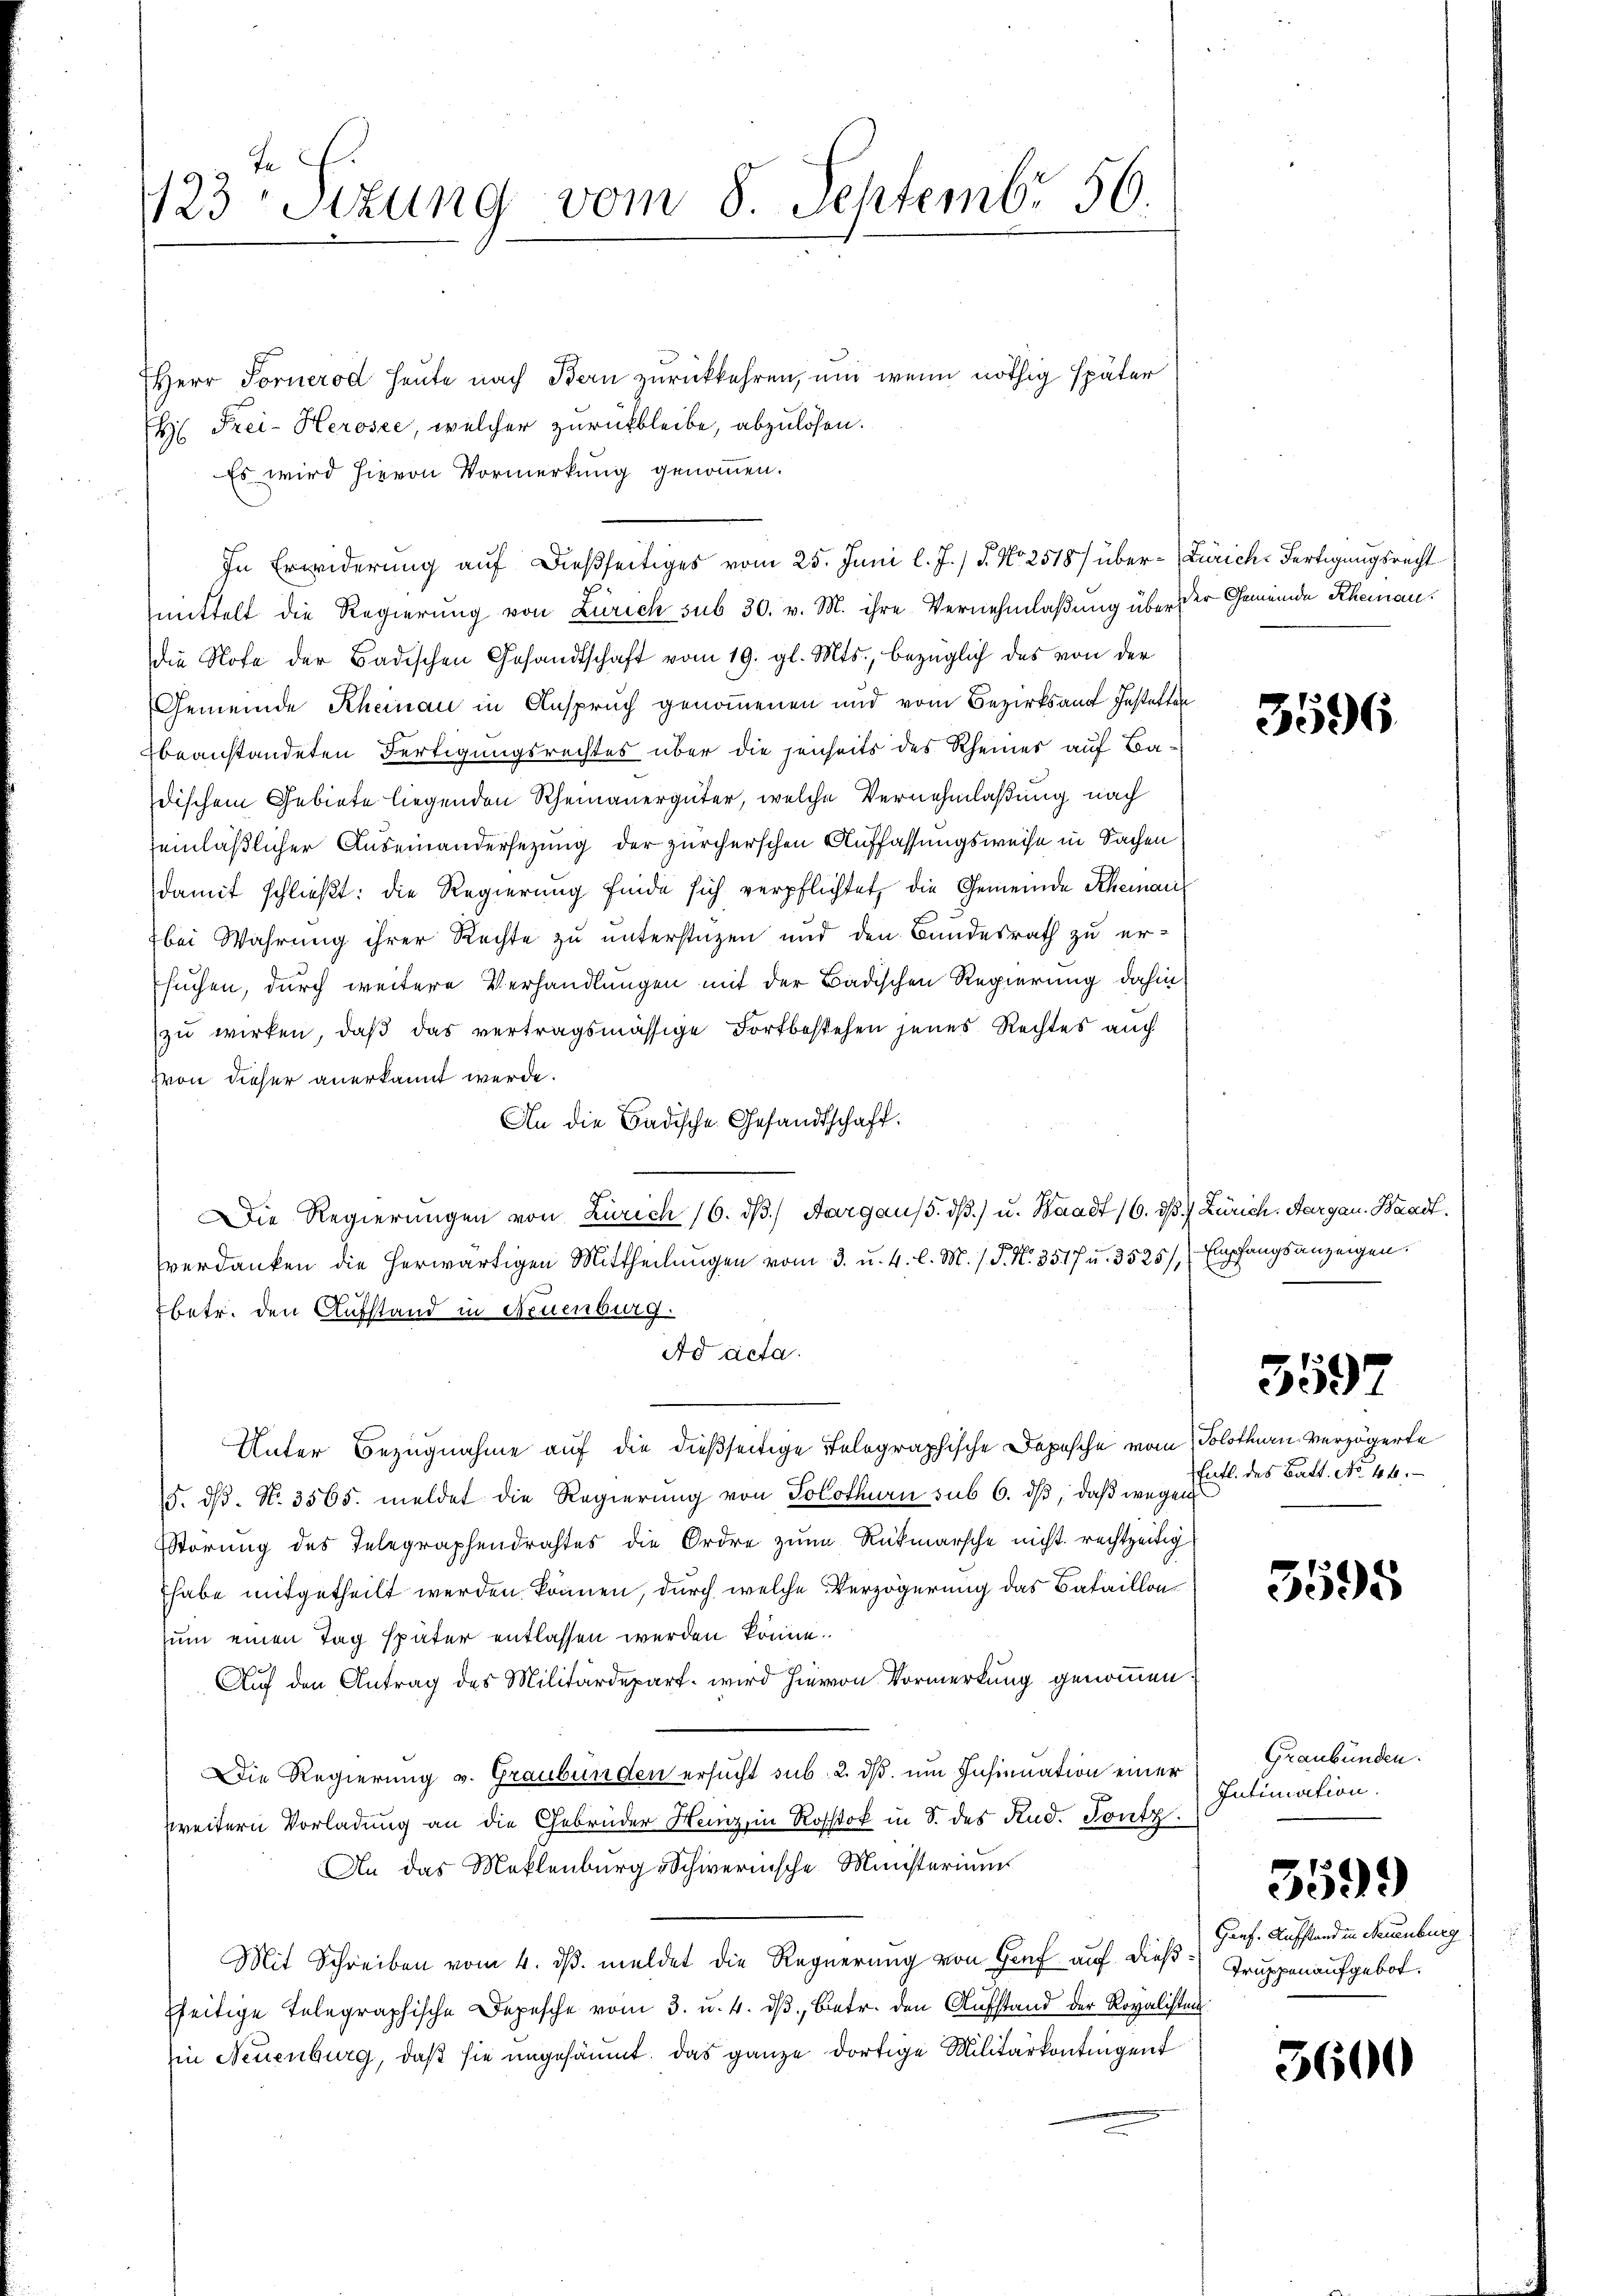
t E.
123 Sitzung vom 8. Septembr 56.

Herr Fornerod heute nach Bern zurückkehren, und wenn nöthig später
H. Frei-Kerosee, welcher zurückbleibe, abzulösen.
Es wird hievon Vormerkung genommen.
mittelt die Regierung von Zürich sub 30. v. M. ihre Vernehmlaßung über der Gemeinde Rheinandie Note der Badischen Gesandtschaft vom 19. gl. Mts., bezüglich das von der
Gemeinde Rheinau in Anspruch genommenen und vom Bezirksam Instatten
beanstandeten Fertigungsrechtes über die senheits des Rheiner auf Badischem Gebiete liegenden Rheinauergüter, welche Vernehmlaßung nach
seinläßlicher Auseinandersezung der zürcherschen Auffassungsweise in Sachen
damit schließt: die Regierung finde sich verpflichtet, die Gemeinde Schemanbei Wahrung ihrer Rechte zu unterstüzen und den Bundesrath zu er-
suchen, durch weitere Verhandlungen mit der Badischen Regierung dahin,
zu wirken, daß das vertragsmässige Fortbestehen jenes Rechtes auch
Von dieser anerkannt werde.
An die Badische Gesandtschaft.
Die Regierungen von Zürich 16. dβ) Aargaus 5. dß.) u. Waadt 16. dβ. Zürich. Aargau. Waadt.
verdanken die herwärtigen Mittheilungen vom 3. u. 4. l. M. / P. Nr. 3517 u. 3525/, Empfangsanzeigen.
betr. den Aufstand in Neuenburg.
Ad acta.
Unter Bezugnahme auf die dießseitige Telegraphische Depesche vom
5. ds. No. 3565. meldet die Regierung von Solothurn sub 6. dβ, daß wegen
Störung des Telegraphendrahtes die Ordre zum Rückmarsche nicht rechtzeitig
habe mitgetheilt werden können, durch welche Verzögerung das Bataillon
zum einen Tag später entlassen werden könne.
Auf den Antrag des Militärdepart, wird hievon Vormerkung genommen.
Die Regierung v. Graubünden ersucht sub. 2. ds. um Insinuation einer
zweitern Vorladung an die Gebrüder Henz, in Rosstok in S. des Rud. Fontz.
An das Meklenburg-Schwerinsche Ministerium
Mit Schreiben vom 4. ds. meldet die Regierung von Genf auf dießsseitige Telegraphische Depesche vom 3. u. 4. dβ, betr. den Aufstand der Rovalisten
in Neuenburg, daß sie ungesäumt. Das ganze dortige Militärkontingent

In Erwiderung auf dießseitiges vom 25. Juni l. J. / 5. No 2518/ über-Zürich-Fertigungsrecht

3596

1

5597

Solothurn verzögerte
Entl. des Batt. No 44.

3595

Graubünden.
Intimation.

Gonf. Aufstand in Neuenburg
Truppen aufgebot.

3599

3600